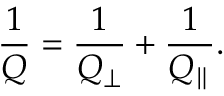
\frac { 1 } { Q } = \frac { 1 } { Q _ { \perp } } + \frac { 1 } { Q _ { \parallel } } .